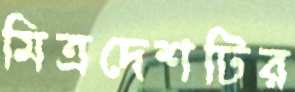
মিত্রদেশটির